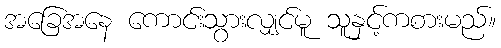
အခြေအနေ ကောင်းသွားလျှင်မူ သူနှင့်ကစားမည်။